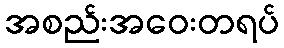
အစည်းအဝေးတရပ်